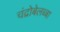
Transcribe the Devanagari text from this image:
चंद्रोबेलब्बा